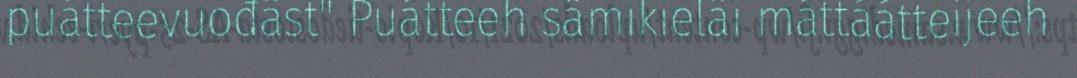
puátteevuođâst" Puátteeh sämikielâi máttáátteijeeh